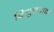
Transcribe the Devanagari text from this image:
विद्युतवाक